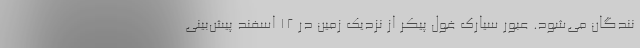
نندگان می‌شود. عبور سیارک غول پیکر از نزدیک زمین در 12 اسفند پیش‌بینی